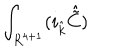
\int _ { R ^ { 4 + 1 } } ( i _ { \hat { k } } { \hat { \tilde { C } } } )